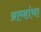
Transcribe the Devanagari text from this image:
ब्राम्हांचा